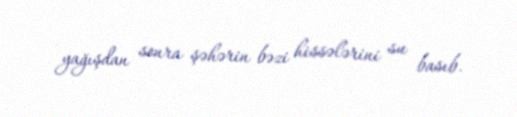
yağışdan sonra şəhərin bəzi hissələrini su basıb.